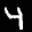
Label: 4